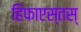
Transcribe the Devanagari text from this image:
हिफाएस्तस्‌